Scottish Leaving Certificate Examination, 1960
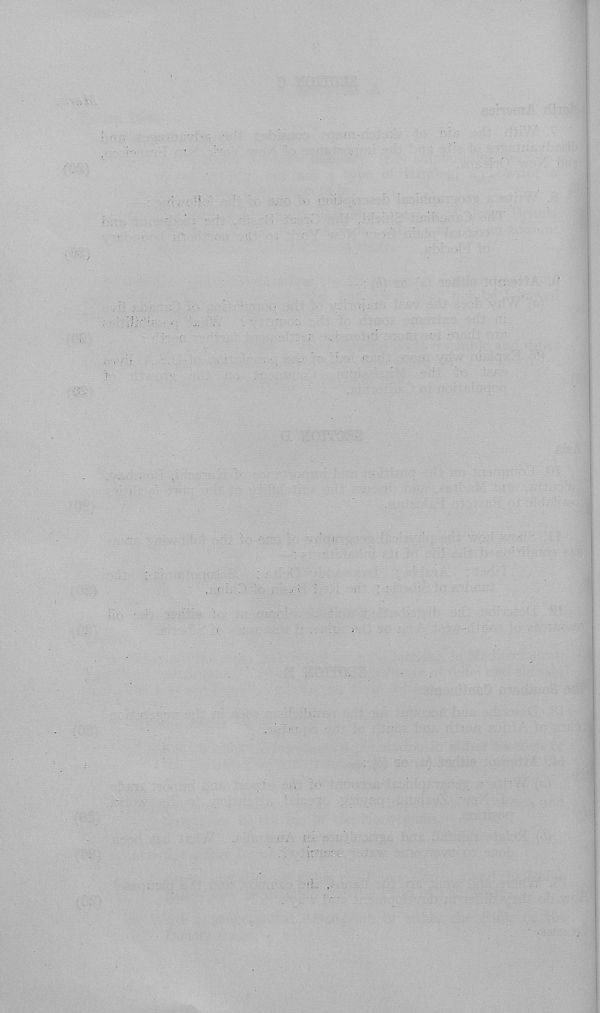
' ■ ■ : ■■■■.'■ >r-
.